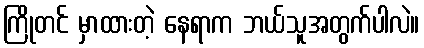
ကြိုတင် မှာထားတဲ့ နေရာက ဘယ်သူအတွက်ပါလဲ။